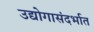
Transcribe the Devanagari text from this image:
उद्योगासंदर्भात